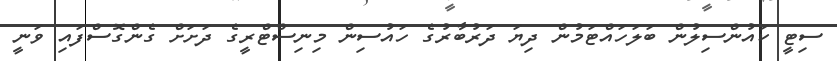
ސިޓީ ކައުންސިލުން ބަލަހައްޓަމުން ދިޔަ ދަރުބާރުގެ ހައުސިން މިނިސްޓްރީގެ ދަށަށް ގެންގޮސްފައި ވަނީ